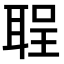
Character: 𫆅